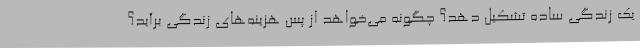
یک زندگی ساده تشکیل دهد؟ چگونه می‌خواهد از پس هزینه‌های زندگی برآید؟